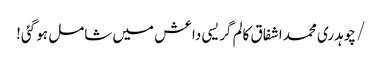
/ چوہدری محمد اشفاق کالم	گریسی داعش میں شامل ہو گئی!